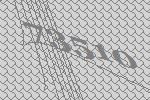
73510